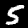
Label: 5